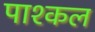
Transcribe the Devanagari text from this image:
पाश्कल